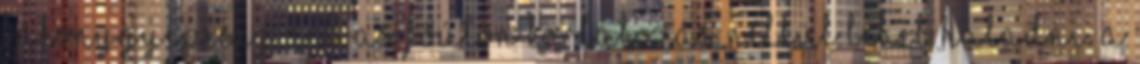
Bakonygyepesig a 8-as főúton korlátozás nélkül lehet haladni. A